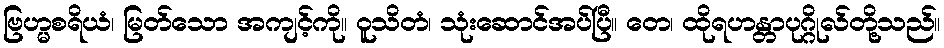
ဗြဟ္မစရိယံ၊ မြတ်သော အကျင့်ကို။ ဝူသိတံ၊ သုံးဆောင်အပ်ပြီ။ တေ၊ ထိုရဟန္တာပုဂ္ဂိုလ်တို့သည်။